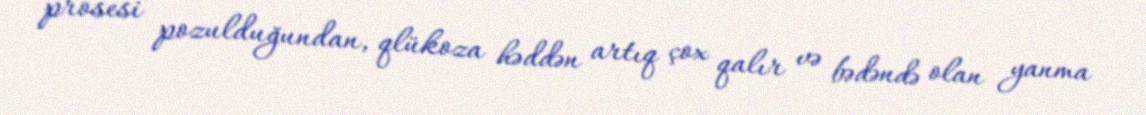
prosesi pozulduğundan, qlükoza həddən artıq çox qalır və bədəndə olan yanma